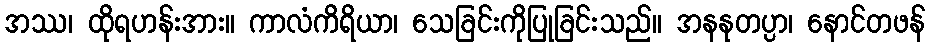
အဿ၊ ထိုရဟန်းအား။ ကာလံကိရိယာ၊ သေခြင်းကိုပြုခြင်းသည်။ အနနုတပ္ပာ၊ နောင်တဖန်